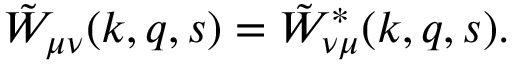
\tilde { W } _ { \mu \nu } ( k , q , s ) = \tilde { W } _ { \nu \mu } ^ { \ast } ( k , q , s ) .